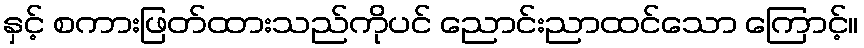
နှင့် စကားဖြတ်ထားသည်ကိုပင် ညောင်းညာထင်သော ကြောင့်။